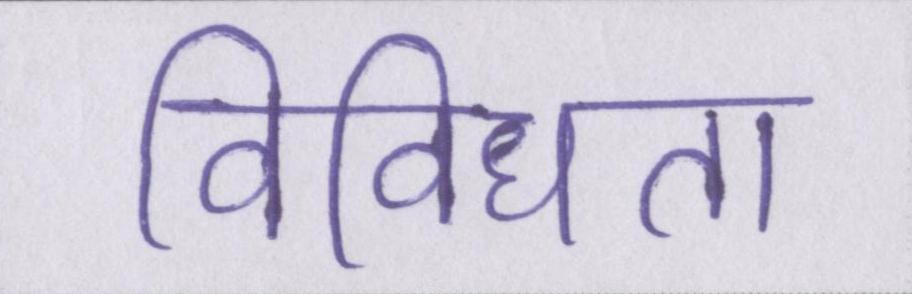
विविधता